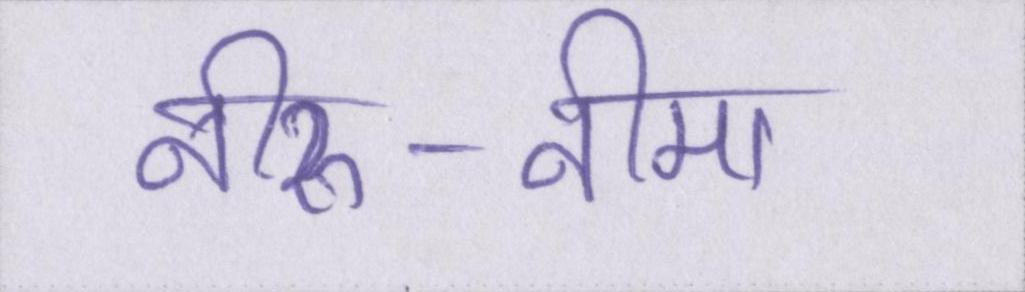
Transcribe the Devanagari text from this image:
नीरु-नीमा